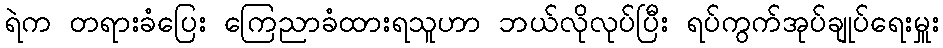
ရဲက တရားခံပြေး ကြေညာခံထားရသူဟာ ဘယ်လိုလုပ်ပြီး ရပ်ကွက်အုပ်ချုပ်ရေးမှူး